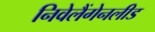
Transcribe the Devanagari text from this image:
निवेलैंगेनलीड